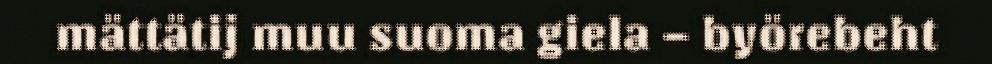
mättätij muu suoma giela – byörebeht